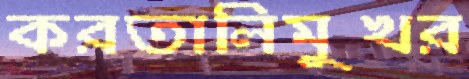
করতালিমুখর